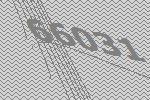
66031